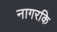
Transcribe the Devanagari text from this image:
नागरकि